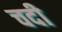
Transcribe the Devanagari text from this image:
चदी